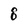
Character: 8